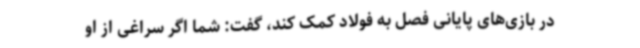
در بازی‌های پایانی فصل به فولاد کمک کند، گفت: شما اگر سراغی از او